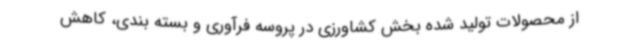
از محصولات تولید شده بخش کشاورزی در پروسه فرآوری و بسته بندی، کاهش